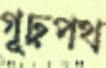
গূঢ়পথ